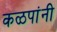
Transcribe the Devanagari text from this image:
कळपांनी